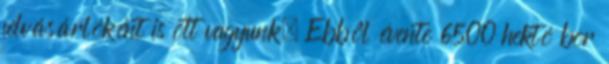
felvásárlóként is ott vagyunk. Ebbôl évente 6500 hektó bor